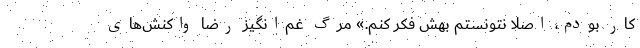
کار بودم، اصلاً نتونستم بهش فکر کنم.» مرگ غم‌انگیز رضا واکنش‌های